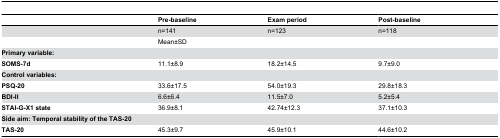
|  | Pre-baseline | Exam period | Post-baseline |
 | --- | --- | --- | --- |
 |  | n=141 | n=123 | n=118 |
 |  | <COLSPAN=3> Mean±SD |
 | <COLSPAN=4> Primary variable: |
 | SOMS-7d | 11.1±8.9 | 18.2±14.5 | 9.7±9.0 |
 | <COLSPAN=4> Control variables: |
 | PSQ-20 | 33.6±17.5 | 54.0±19.3 | 29.8±18.3 |
 | BDI-II | 6.6±6.4 | 11.5±7.0 | 5.2±5.4 |
 | STAI-G-X1 state | 36.9±8.1 | 42.74±12.3 | 37.1±10.3 |
 | <COLSPAN=4> Side aim: Temporal stability of the TAS-20 |
 | TAS-20 | 45.3±9.7 | 45.9±10.1 | 44.6±10.2 |